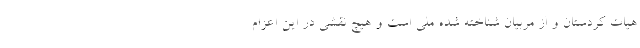
هیات کردستان و از مربیان شناخته شده ملی است و هیچ نقشی در این اعزام